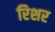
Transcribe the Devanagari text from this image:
रिशर